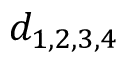
d _ { 1 , 2 , 3 , 4 }